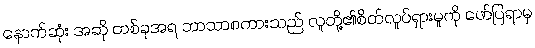
နောက်ဆုံး အဆို တစ်ခုအရ ဘာသာစကားသည် လူတို့၏စိတ်လှုပ်ရှားမှုကို ဖော်ပြရာမှ